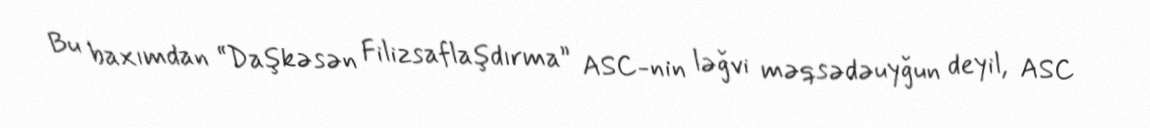
Bu baxımdan “Daşkəsən Filizsaflaşdırma” ASC-nin ləğvi məqsədəuyğun deyil, ASC